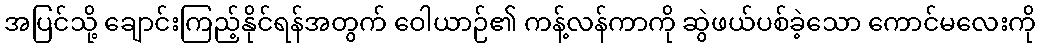
အပြင်သို့ ချောင်းကြည့်နိုင်ရန်အတွက် ဝေါယာဉ်၏ ကန့်လန်ကာကို ဆွဲဖယ်ပစ်ခဲ့သော ကောင်မလေးကို